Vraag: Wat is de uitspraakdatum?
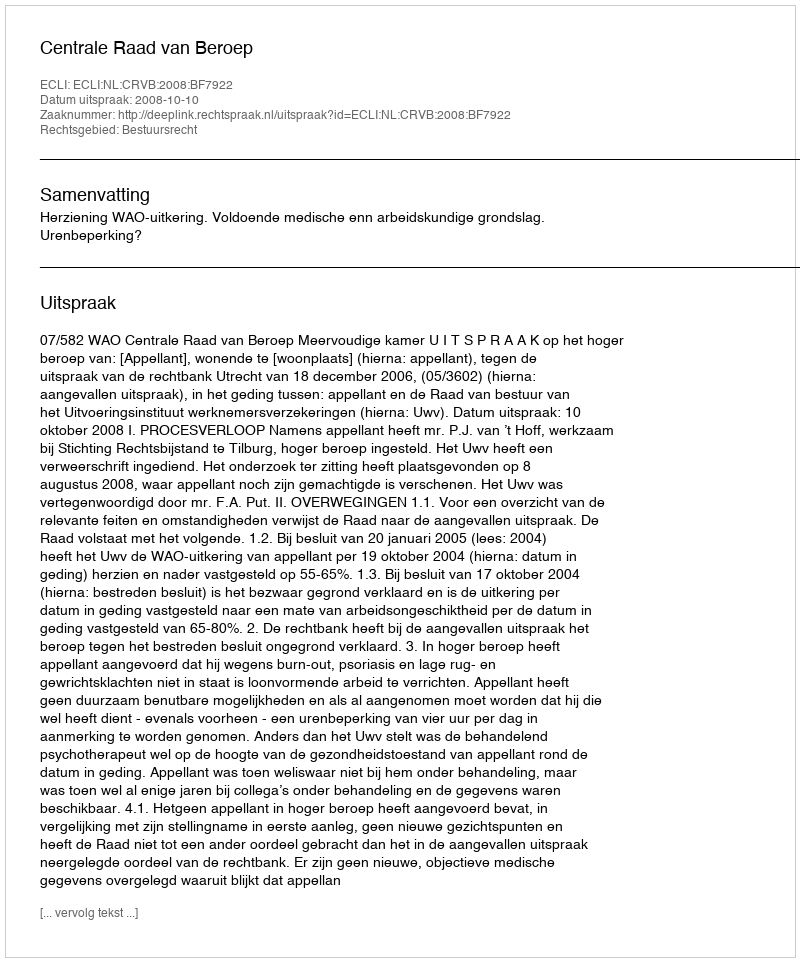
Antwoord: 2008-10-10